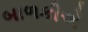
બાળકીએ